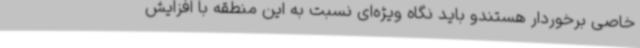
خاصی برخوردار هستندو باید نگاه ویژه‌ای نسبت به این منطقه با افزایش